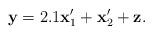
LaTeX: \begin{align*}\mathbf y = 2.1\mathbf x_1' + \mathbf x_2' + \mathbf z.\end{align*}